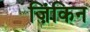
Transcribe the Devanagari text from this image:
ज़िंकिन